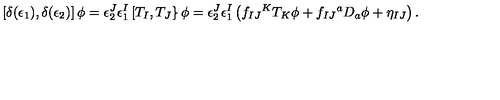
\left[ \delta ( \epsilon _ { 1 } ) , \delta ( \epsilon _ { 2 } ) \right] \phi = \epsilon _ { 2 } ^ { J } \epsilon _ { 1 } ^ { I } \left[ T _ { I } , T _ { J } \right\} \phi = \epsilon _ { 2 } ^ { J } \epsilon _ { 1 } ^ { I } \left( f _ { I J } { } ^ { K } T _ { K } \phi + f _ { I J } { } ^ { a } D _ { a } \phi + \eta _ { I J } \right) .